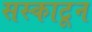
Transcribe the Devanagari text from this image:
सस्काटून